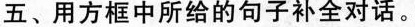
五、用方框中所给的句子补全对话.